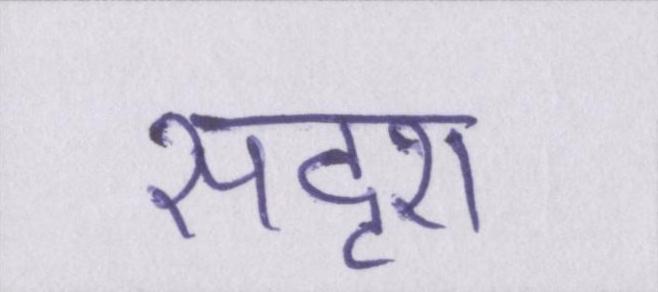
सदृश